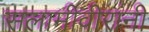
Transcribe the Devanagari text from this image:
सलामीवीरांनी